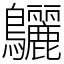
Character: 𪈳